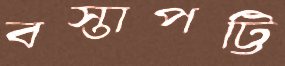
বস্তাপট্টি